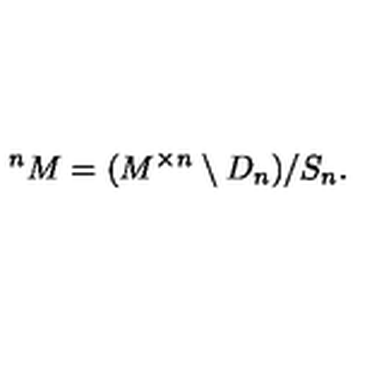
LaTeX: ^ n M = ( M ^ { \times n } \setminus D _ { n } ) / S _ { n } .